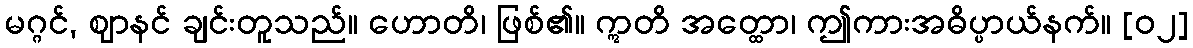
မဂ္ဂင်, ဈာနင် ချင်းတူသည်။ ဟောတိ၊ ဖြစ်၏။ ဣတိ အတ္ထော၊ ဤကားအဓိပ္ပာယ်နက်။ [၀၂]